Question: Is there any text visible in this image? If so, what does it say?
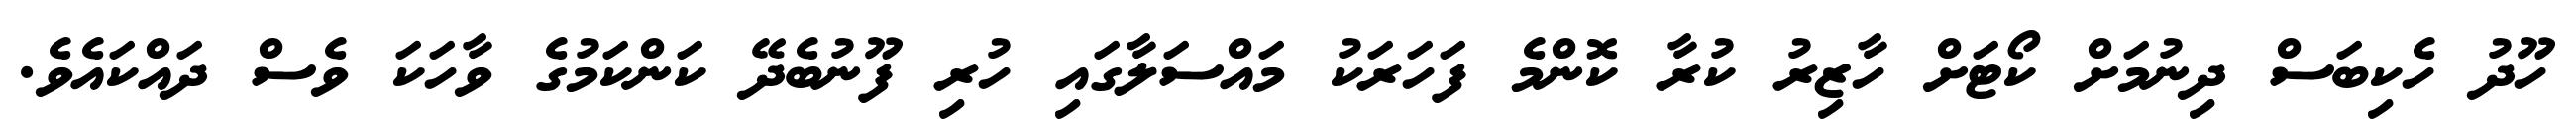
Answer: ހޫދު ހެކިބަސް ދިނުމަށް ކޯޓަށް ހާޒިރު ކުރާ ކޮންމެ ފަހަރަކު މައްސަލާގައި ހުރި ފޫނުބެދޭ ކަންކަމުގެ ވާހަކަ ވެސް ދައްކައެވެ.